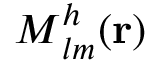
\boldsymbol { M } _ { l m } ^ { h } ( { \bf r } )